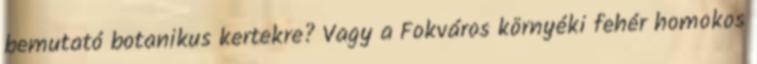
bemutató botanikus kertekre? Vagy a Fokváros környéki fehér homokos